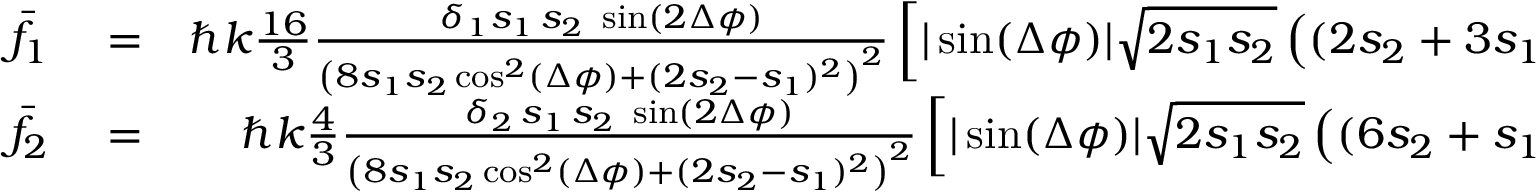
\begin{array} { r l r } { { \bar { f } } _ { 1 } } & { { } = } & { \hbar k \frac { 1 6 } { 3 } \frac { \delta _ { 1 } s _ { 1 } \, s _ { 2 } \, \, \sin ( 2 \Delta \phi ) } { \left( 8 s _ { 1 } s _ { 2 } \cos ^ { 2 } ( \Delta \phi ) + ( 2 s _ { 2 } - s _ { 1 } ) ^ { 2 } \right) ^ { 2 } } \left[ | \sin ( \Delta \phi ) | \sqrt { 2 s _ { 1 } s _ { 2 } } \left( ( 2 s _ { 2 } + 3 s _ { 1 } ) ( 2 s _ { 2 } - s _ { 1 } ) - 8 s _ { 2 } s _ { 1 } \cos ^ { 2 } ( \Delta \phi ) \right) \right. } \\ { { \bar { f } } _ { 2 } } & { { } = } & { \hbar k \frac { 4 } { 3 } \frac { \delta _ { 2 } \, s _ { 1 } \, s _ { 2 } \, \, \sin ( 2 \Delta \phi ) } { \left( 8 s _ { 1 } s _ { 2 } \cos ^ { 2 } ( \Delta \phi ) + ( 2 s _ { 2 } - s _ { 1 } ) ^ { 2 } \right) ^ { 2 } } \left[ | \sin ( \Delta \phi ) | \sqrt { 2 s _ { 1 } s _ { 2 } } \left( ( 6 s _ { 2 } + s _ { 1 } ) ( 2 s _ { 2 } - s _ { 1 } ) + 8 s _ { 2 } s _ { 1 } \cos ^ { 2 } ( \Delta \phi ) \right) \right. } \end{array}